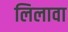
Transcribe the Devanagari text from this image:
लिलावा